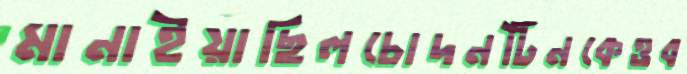
মানাইয়াছিলচোদনটিনকেওব